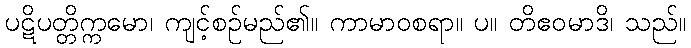
ပဋိပတ္တိက္ကမော၊ ကျင့်စဉ်မည်၏။ ကာမာဝစရာ။ ပ။ တိဧဝမာဒိ၊ သည်။